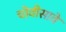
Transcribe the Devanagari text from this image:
चोवीसावे